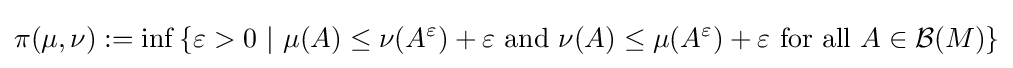
\pi (\mu ,\nu ):=\inf \left\{\varepsilon >0~|~\mu (A)\leq \nu (A^{\varepsilon })+\varepsilon \ {\text{and}}\ \nu (A)\leq \mu (A^{\varepsilon })+\varepsilon \ {\text{for all}}\ A\in {\mathcal {B}}(M)\right\}